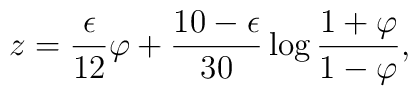
z={\epsilon\over 12}\varphi + {10-\epsilon\over 30}\log{1+\varphi\over 1-\varphi},